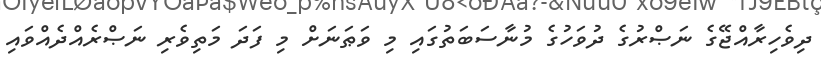
ދިވެހިރާއްޖޭގެ ނަޞްރުގެ ދުވަހުގެ މުނާސަބަތުގައި މި ވަޠަނަށް މި ފަދަ މަތިވެރި ނަޞްރެއްދެއްވައި